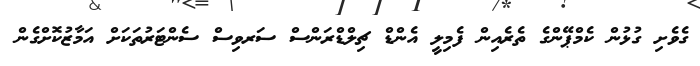
ގެވެށި ގުޅުން ކެމްޕޭންގެ ތެރެއިން ފެމިލީ އެންޑް ޗިލްޑްރަންސް ސަރވިސް ސެންޓަރުތަކަށް އަމާޒުކޮށްގެން